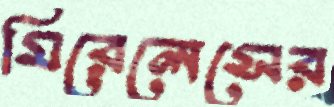
মিরেলেসের